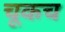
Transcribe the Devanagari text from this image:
चूकच